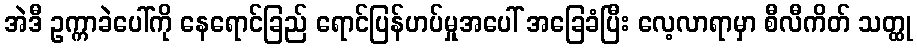
အဲဒီ ဥက္ကာခဲပေါ်ကို နေရောင်ခြည် ရောင်ပြန်ဟပ်မှုအပေါ် အခြေခံပြီး လေ့လာရာမှာ စီလီကိတ် သတ္ထု